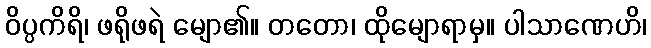
ဝိပ္ပကိရိ၊ ဖရိုဖရဲ မျော၏။ တတော၊ ထိုမျောရာမှ။ ပါသာဏေဟိ၊